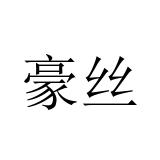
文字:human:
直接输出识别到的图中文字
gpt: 豪丝